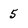
Character: 5